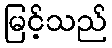
မြင့်သည်